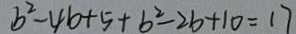
b ^ { 2 } - 4 b + 5 + b ^ { 2 } - 2 b + 1 0 = 1 7